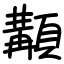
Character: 顜